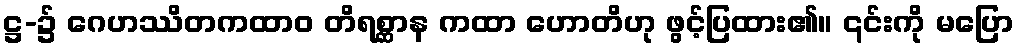
ဋ္ဌ-၌ ဂေဟဿိတကထာဝ တိရစ္ဆာန ကထာ ဟောတိဟု ဖွင့်ပြထား၏။ ၎င်းကို မပြော